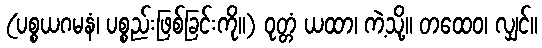
(ပစ္စယဂမနံ၊ ပစ္စည်းဖြစ်ခြင်းကို။) ဝုတ္တံ ယထာ၊ ကဲ့သို့။ တထေဝ၊ လျှင်။